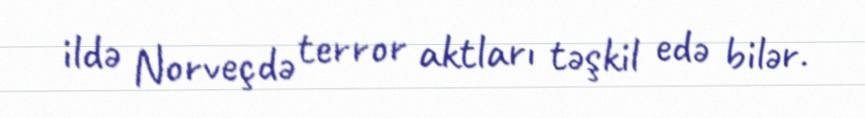
ildə Norveçdə terror aktları təşkil edə bilər.